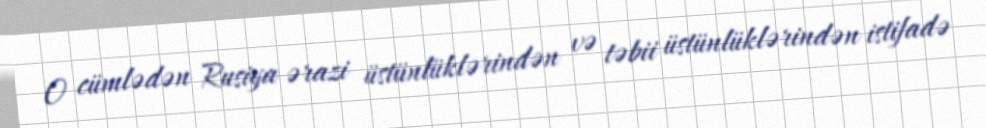
O cümlədən Rusiya ərazi üstünlüklərindən və təbii üstünlüklərindən istifadə